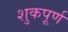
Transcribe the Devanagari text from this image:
शुकपूर्ण